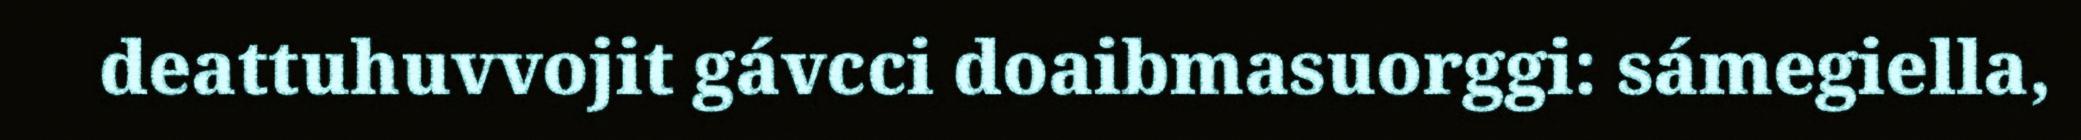
deattuhuvvojit gávcci doaibmasuorggi: sámegiella,